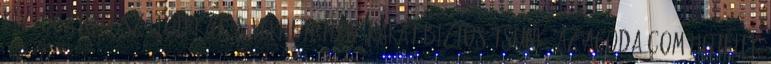
kiválogatott szállodákat és verhetetlen árakat biztosítsunk, az Agoda.com hotelek